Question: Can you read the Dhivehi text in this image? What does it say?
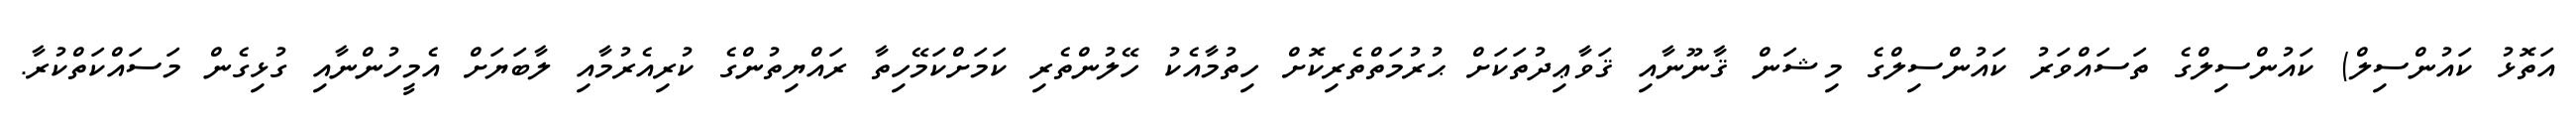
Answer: އަތޮޅު ކައުންސިލް) ކައުންސިލްގެ ތަސައްވަރު ކައުންސިލްގެ މިޝަން ޤާނޫނާއި ޤަވާޢިދުތަކަށް ޙުރުމަތްތެރިކޮށް ހިތުމާއެކު ހޭލުންތެރި ކަމަށްކަމޭހިތާ ރައްޔިތުންގެ ކުރިއެރުމާއި ލާބަޔަށް އެމީހުންނާއި ގުޅިގެން މަސައްކަތްކުރާ.